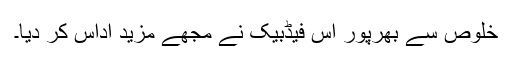
خلوص سے بھرپور اس فیڈبیک نے مجھے مزید اداس کر دیا۔